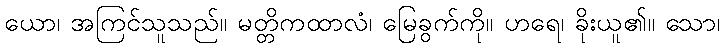
ယော၊ အကြင်သူသည်။ မတ္တိကထာလံ၊ မြေခွက်ကို။ ဟရေ၊ ခိုးယူ၏။ သော၊